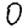
Digit: 0